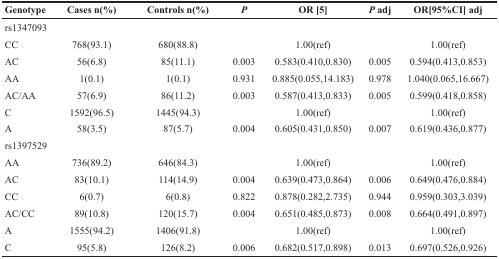
| Genotype | Cases n(%) | Controls n(%) | P | OR [5] | P adj | OR[95%CI] adj |
 | --- | --- | --- | --- | --- | --- | --- |
 | rs1347093 |  |  |  |  |  |  |
 | CC | 768(93.1) | 680(88.8) |  | 1.00(ref) |  | 1.00(ref) |
 | AC | 56(6.8) | 85(11.1) | 0.003 | 0.583(0.410,0.830) | 0.005 | 0.594(0.413,0.853) |
 | AA | 1(0.1) | 1(0.1) | 0.931 | 0.885(0.055,14.183) | 0.978 | 1.040(0.065,16.667) |
 | AC/AA | 57(6.9) | 86(11.2) | 0.003 | 0.587(0.413,0.833) | 0.005 | 0.599(0.418,0.858) |
 | C | 1592(96.5) | 1445(94.3) |  | 1.00(ref) |  | 1.00(ref) |
 | A | 58(3.5) | 87(5.7) | 0.004 | 0.605(0.431,0.850) | 0.007 | 0.619(0.436,0.877) |
 | rs1397529 |  |  |  |  |  |  |
 | AA | 736(89.2) | 646(84.3) |  | 1.00(ref) |  | 1.00(ref) |
 | AC | 83(10.1) | 114(14.9) | 0.004 | 0.639(0.473,0.864) | 0.006 | 0.649(0.476,0.884) |
 | CC | 6(0.7) | 6(0.8) | 0.822 | 0.878(0.282,2.735) | 0.944 | 0.959(0.303,3.039) |
 | AC/CC | 89(10.8) | 120(15.7) | 0.004 | 0.651(0.485,0.873) | 0.008 | 0.664(0.491,0.897) |
 | A | 1555(94.2) | 1406(91.8) |  | 1.00(ref) |  | 1.00(ref) |
 | C | 95(5.8) | 126(8.2) | 0.006 | 0.682(0.517,0.898) | 0.013 | 0.697(0.526,0.926) |